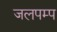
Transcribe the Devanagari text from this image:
जलपम्प